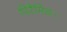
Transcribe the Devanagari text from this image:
पिरैमिड।